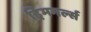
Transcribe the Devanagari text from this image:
ड्रिमगर्ल्स